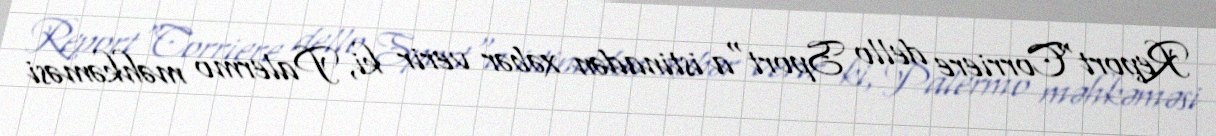
Report"Corriere dello Sport"a istinadən xəbər verir ki, Palermo məhkəməsi